Vaccination in Bombay 1924-1928 - 1924-1928
Year: 1924
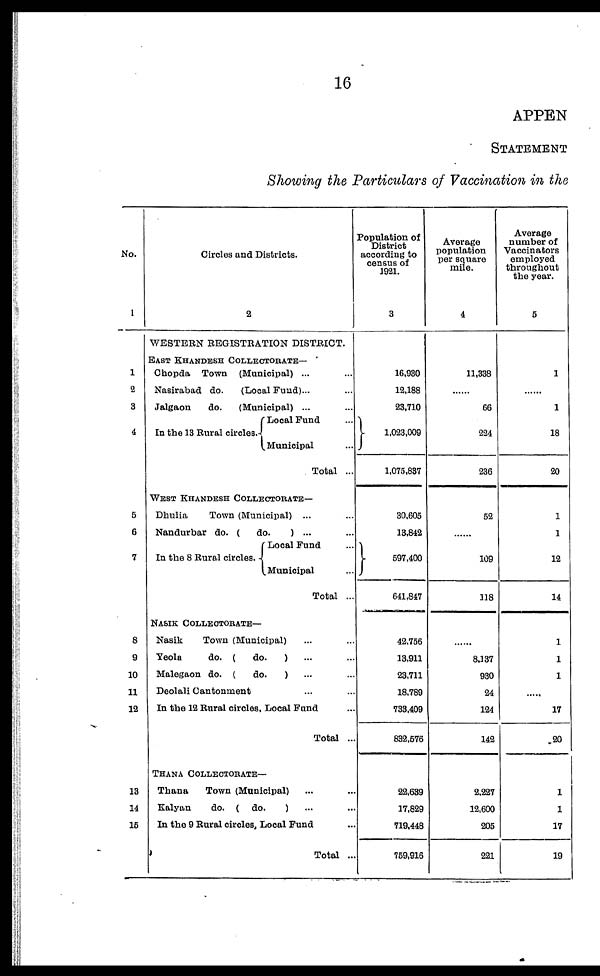
16
APPEN
STATEMENT
Showing the Particulars of Vaccination in the
No.
1
1
2
8
4
5
6
7
8
9
10
11
12
13
14
15
Circles and Districts.
2
WESTERN REGISTRATION DISTRICT.
EAST KHANDESH COLLECTORATE—
Chopda Town (Municipal) ... ...
Nasirabad do.
(Local Fund)... ...
Jalgaon
do.
(Municipal) ... ...
In the 13 Rural circles.
Local Fund ...
Municipal ...
Total ...
WEST KHANDESH COLLECTORATE—
Dhulia
Town (Municipal) ... ...
Nandurbar do. (
do.
) ... ...
In the 8 Rural circles.
Local Fund ...
Municipal ...
Total ...
NASIK COLLECTORATE—
Nasik
Town (Municipal) ... ...
Yeola
do. (
do.
) ... ...
Malegaon do. (
do.
) ... ...
Deolali Cantonment ... ...
In the 12 Rural circles, Local Fund ... ...
Total ...
THANA COLLECTORATE—
Thana
Town (Municipal) ... ...
Kalyan
do. ( do.
) ... ...
In the 9 Rural circles,Local Fund
Total ...
Population of
District
according to
census of
1921.
3
16,930
12,188
23,710
1,023,009
1,075,837
30,605
13,842
597,400
641,847
42,756
13,911
23,711
18,789
733,409
832,576
22,639
17,829
719,448
759,916
Average
population
per square
mile.
4
11,338
......
66
224
236
52
......
109
118
......
8,137
930
24
124
142
2,227
12,600
205
221
Average
number of
Vaccinators
employed
throughout
the year.
5
1
......
1
18
20
1
1
12
14
1
1
1
......
17
20
1
1
17
19